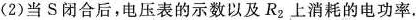
(2)当S闭合后，电压表的示数以及R_{2}上消耗的电功率.